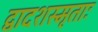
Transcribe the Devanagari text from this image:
द्वादशस्मृताः